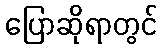
ပြောဆိုရာတွင်